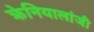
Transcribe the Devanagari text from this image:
क्रेनियालांजी